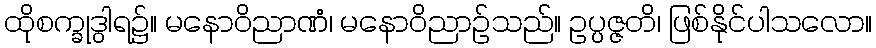
ထိုစက္ခုဒွါရ၌။ မနောဝိညာဏံ၊ မနောဝိညာဉ်သည်။ ဥပ္ပဇ္ဇတိ၊ ဖြစ်နိုင်ပါသလော။